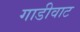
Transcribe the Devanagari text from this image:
गाडीवाट